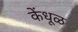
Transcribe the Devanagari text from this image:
केंधूळ